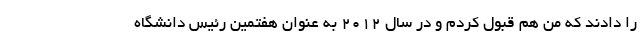
را دادند که من هم قبول کردم و در سال ۲۰۱۲ به عنوان هفتمین رئیس دانشگاه